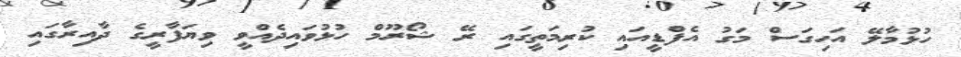
ހުޅުމާލޭ އަހިގަސް މަގު އެފްޑީއައި ކުރިމަތީގައި ރޭ ޝޯރޫމް ހުޅުވައިދެއްވީ ވިޔަފާރީގެ ދާއިރާގައި